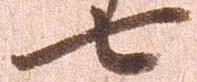
七